Calcutta medical institutions reports 1892-1900
Year: 1892
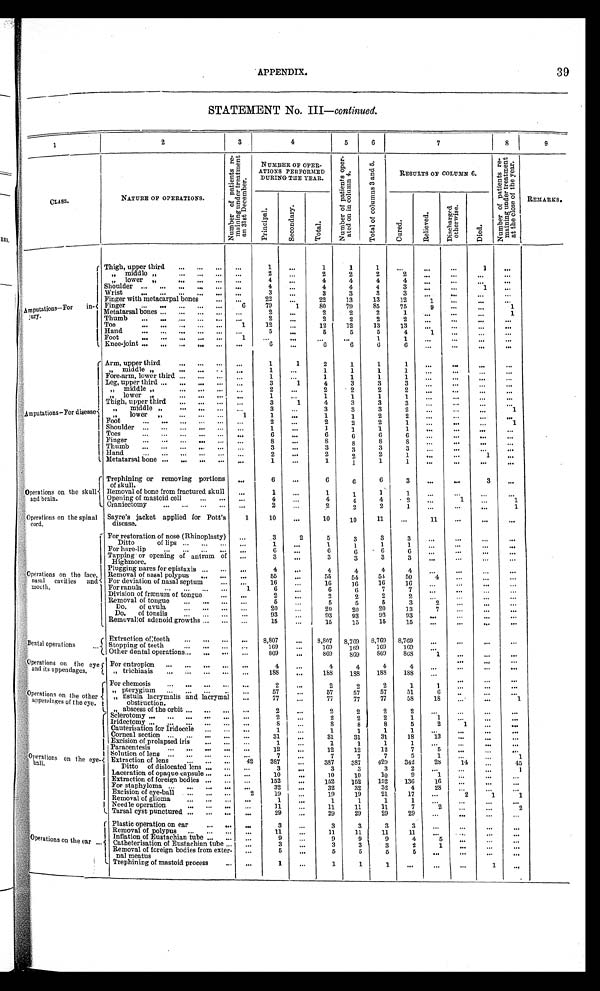
APPENDIX.
39
STATEMENT No. III —continued.
1
2
3
4
5
6
7
8
9
CLASS.
NATURE OF OPERATIONS.
N u m b e r o f p a t i e n t s r e - m a i n i n g u n d e r t r e a t m e n t o n 3 1 s t D e c e m b e r .
NUMBER OF OPER-
ATIONS PERFORMED DURING THE YEAR..
N u m b e r o f p a t i e n t s o p e r - a t e d o n i n c o l u m n 4 .
T o t a l o f c o l u m n s 3 a n d 5
RESULTS OF COLUMN 6.
N u m b e r o f p a t i e n t s r e - m a i n i n g u n d e r t r e a t m e n t a t t h e c l o s e o f t h e y e a r .
REMARKS.
C u r e d .
R e l i e v e d .
D i s c h a r g e d o t h e r w i s e .
D i e d .
P r i n c i p a l .
S e c o n d a r y .
T o t a l .
A m p u t i o n s — F o r i n - j u r y .
Thigh, upper third
. . .
. . .
1
. . .
1
1
1
. . .
. . .
. . .
1
. . .
" m i d d l e " . . .
. . .
2 . . .
2
2
2
2
. . .
. . .
. . .
. . .
" l o w e r " . . .
. . .
4
. . .
4
4
4
4
. . .
. . .
. . .
. . .
Shoulder
. . .
4
. . .
4
4
4
3
. . .
. . .
1
. . .
Wrist
. . .
. . .
3 . . .
3
3
3
3
. . .
. . .
. . .
. . .
Finger with metacarpal bones
. . .
. . .
22
. . .
22
13
13
12
1
. . .
. . .
. . .
Finger
. . .
6
79
1
80
79
85
75
9
. . .
. . .
1
Metatarsal bones . . .
. . .
2
. . .
2
2
2
1
. . .
. . .
. . .
1
.
.
.
.
TThumb . . .
. . .
2
. . .
2
2
2
2
. . .
. . .
. . .
. . .
Toe . . .
1
12
. . .
12
12
13
13
. . .
. . .
. . .
. . .
Hand . . .
. . .
5
. . .
5
5
5
4
1
. . .
. . .
. . .
F o o t . . .
1
. . .
. . .
. . .
. . .
1
1
. . .
. . .
. . .
. . .
Knee-joint
. . .
. . .
6
. . .
6
6
6
6
. . .
. . .
. . .
. . .
Arm, upper third
. . .
. . .
1
1
2
1
1
1
. . .
. . .
. . .
. . .
A m p u t a t i o n s
– F o r d i s e a s e
middle . . .
. . .
1
. . .
1
1
1
1
. . .
. . .
. . .. . .
Fore-arm, lower third . . .
. . .
1
. . .
1
1
1
1
. . .
. . .
. . .
. . .
Leg, upper third . . .
. . .
3
1
4
3
3
3
. . .
. . .
. . .
. . .
" m i d d l e "
. . .
. . .
2
. . .
2
2
2
2
. . .
. . .
. . .
. . .
" l o w e r
. . .
. . .
1
. . .
1
1
1
1
. . .
. . .
. . .
. . .
T h i g h , u p p e r t h i r d . . .
. . .
3
1
4
3
3
3
. . .
. . .
. . .
. . .
" m i d d l e " . . .
. . .
3
. . .
3
3
3
2
. . .
. . .
. . .
1
" " l o w e r " . . .
1
1
. . .
1
1
2
2
. . .
. . .
. . .
. . .
F o o t . . .
. . .
2
. . .
2
2
2
1
. . .
. . .
. . .
1
Shoulder
. . .
. . .
1
. . .
1
1
1
1
. . .
. . .
. . .
. . .
Toes
. . .
. . .
6
. . .
6
6
6
6
. . .
. . .
. . .
. . .
Finger
. . .
. . .
8
. . .
8
8
8
8
. . .
. . .
. . .
. . .
Thumb
. . .
. . .
3
. . .
3
3
3
3
. . .
. . .
. . .
. . .
H a n d . . .
. . .
2
. . .
2
2
2
1
. . .
. . .
1
. . .
Metatarsal bone
. . .
. . .
1
. . .
1
1
1
1
. . .
. . .
. . .
. . .
Trephining or removing portions
of skull.
. . .
6
. . .
6
. . .
6
3
. . .
. . .
3
. . .
Operations on the skull
and brain.
Removal of bone from fractured skull
. . .
1
...
1
1
1
1
. . .
. . .
. . .
. . .
Opening of mastoid cell
. . .
. . .
4
. . .
4
4
4
2
. . .
1
. . .
1
Craniectomy . . .
. . .
2
. . .
2
2
2
1
. . .
. . .
. . .
1
Operations on the spinal
cord.
Sayre's jacket applied for Pott's
disease.
1
10
. . .
10
10
11
. . .
11
. . .
. . .
. . .
Operations on the face,
nasal cavities and
mouth.
For restoration of nose (Rhinoplasty)
. . .
3
2
5
3
3
3
. . .
. . .
. . .
. . .
Dittoof lips
. . .
. . .
1
. . .
1
1
1
1
. . .
. . .
. . .
. . .
For hare-lip. . .
. . .
6
. . .
6
6
6
6
. . .
. . .
. . .
. . .
Tapping or opening of antrum of
Highmore.
. . .
3
. . .
3
3
3
3
. . . . . .
. . .
. . .
Plugging nares for epistaxis
. . .
. . .
4
. . .
4
4
4
4
. . .
. . .
. . .
. . .
Removal of nasal polypus
. . .
. . .
55
. . .
55
54
54
50
4
. . .
. . .
. . .
For deviation of nasal septum
. . .
. . .
16
. . .
16
16
16
16
. . .
. . .
. . .
. . .
For ranula
. . .
1
6
. . .
6
6
7
7
. . .
. . .
. . .
. . .
Division of frænum of tongue . . .
. . .
2
. . .
2
2
2
2
. . .
. . .
. . .
. . .
Removal of tongue . . .
..
. . .
5
. . .
5
5
5
3
2
. . .
. . .
. . .
Do. of uvula. . .
. . .
20
. . .
20
20
20
13
7
. . .
. . .
. . .
D o , o f t o n s i l s . . .
. . .
93
. . .
93
93
93
93
. . .
. . .
. . .
. . .
Remuvalt of adenoid growths . . .
. . .
15
. . .
15
15
15
15
. . .
. . .
. . .
. . .
Dental operations . . .
Extraction of teeth
. . .
. . .
8,807
. . . 8,807
8,769
8,769
8,769
. . .
. . .
. . .
. . .
Stopping of teeth
. . .
. . .
169
. . .
169
169
169
109
. . .
. . .
. . .
. . .
Other dental operations. . .
. . .
869
. . .
869
869
869
8 6 8
1
. . .
. . .
. . .
Operations on the eye
and its appendages,
For entropion
. . .
. . .
4
. . .
4
4
4
4
. . .
. . .
. . .
. . .
" trichiasis
. . .
. . .
188
. . .
188
188
188
188 . . .
. . .
. . .
. . .
Operations on the other
appendages of the eye.
For chemosis
. . .
. . .
2
. . .
2
2
2
1
1
. . .
. . .
. . .
" p t e r y g i u m
. . .
. . .
57
. . .
57
57
57
51
6
. . .
. . .
. . .
" fistula lacrymalis and lacrymal
obstruction.
. . .
77
. . .
77
77
77
58
18
. . .
. . .
1
" a b s c e s s o f t h e o r b i t . . .
. . .
2
. . .
2
2
2
2
. . .
. . .
. . .
. . .
Operations on the eye-ball.
Sclerotomy . . .
. . .
2
. . .
2
2
2
1
1
. . .
. . .
. . .
Iridectomy . . .
. . .
8
. . .
8
8
8
5
2
1
. . .
. . .
Cauterisation for Iridocele . . .
. . .
1
. . .
1
1
1
1
. . .
. . .
. . .
. . .
Corneal section
. . .
. . .
31
. . .
31
31
31
18
13
. . .
. . .
. . .
Excision of prolapsed iris
. . .
. . .
1
. . .
1
1
1
1
. . .
. . .
. . .
. . .
P a r a c e n t e s i s . . .
. . .
12
. . .
12
12
12
7
5
. . .
. . . . . .
Solution of lens
. . .
. . .
7
. . .
7
7
7
5
1
. . .
. . .
1
Extraction of lens . . .
42
387
. . .
387
387
429
342
28
14
. . .
45
Ditto of dislocated lens. . .
. . .
3
. . .
3
3
3
2
. . .
. . .
. . .
1
Laceration of opaque capsule. . .
. . .
10
. . .
10
10
10
9
1
. . .
. . .
. . .
Extraction of foreign bodies
. . .
. . .
152
. . .
152
152
152
136
16
. . .
. . .
. . .
For staphyloma
. . .
. . .
32
. . .
32
32
32
4
28
. . .
. . .
. . .
E x c i s i o n
of eye-ball . . .
2
19
. . .
19
19
21
17
. . .
2
1
1
Removal of glioma
. . .
. . .
1
. . .
1
1
1
1
. . .
. . .
. . .
. . .
Needle operation
. . .
. . .
11
. . .
11
11
11
7
2
. . .
. . .
2
Tarsal cyst punctured
. . .
. . .
29
. . .
29
29
29
29
. . .
. . .
. . .
. . .
Operations on the ear . . .
Plastic operation on ear . . .
. . .
3
. . .
3
3
3
3
. . .
. . .
. . .
. . .
Removal of polypus. . .
. . .
11
. . .
11
11
11
11
. . .
. . .
. . .
. . .
Inflation of Eustachian tube . . .
. . .
9
. . .
9
9
9
4
5
. . .
. . .
. . .
Catheterisation of Eustachian tube . . .
. . .
3
. . .
3
3
3
2
1
. . .
. . .
. . .
Removal of foreign bodies from exter-
nal meatus
. . .
5
. . .
5
5
5
5
. . .
. . .
. . .
. . .
Trephining of mastoid process
. . .
. . .
1
. . .
1
1
1
. . .
. . .
. . .
1
. . .